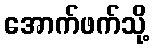
အောက်ဖက်သို့